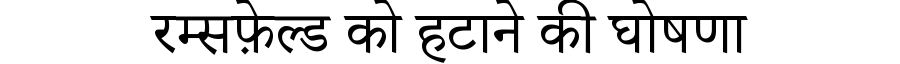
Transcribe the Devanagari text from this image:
रम्सफ़ेल्ड को हटाने की घोषणा